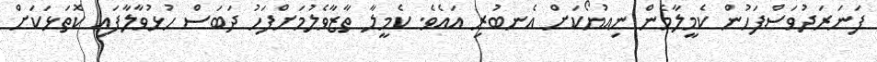
ފަނަރަދުވަސްފަހުން ކެމީލާމެން ނިއުޔޯކަށް އެނބުރި އައެވެ. ކެމީލާ ތާޒާވެލުމަށްފަހު ދަބަސް ހުޅުވާލާފައި ކޮތަޅަކަށް